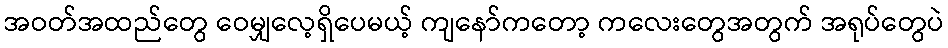
အဝတ်အထည်တွေ ဝေမျှလေ့ရှိပေမယ့် ကျနော်ကတော့ ကလေးတွေအတွက် အရုပ်တွေပဲ